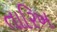
તારિખ